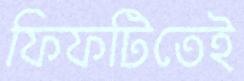
ফিফটিতেই